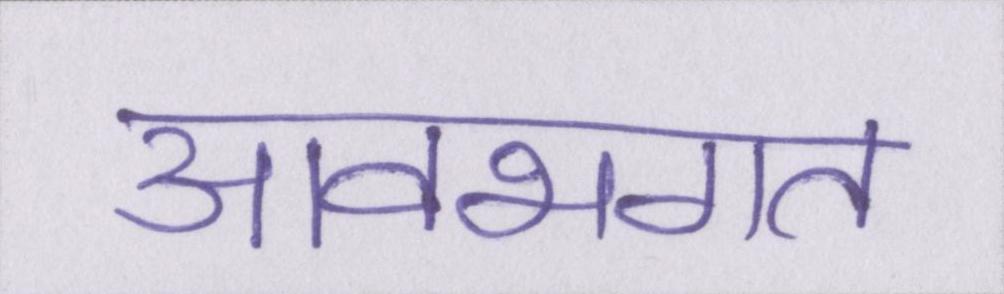
आवभगत